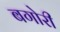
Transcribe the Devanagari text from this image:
बगोरी